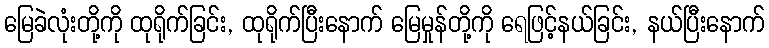
မြေခဲလုံးတို့ကို ထုရိုက်ခြင်း, ထုရိုက်ပြီးနောက် မြေမှုန်တို့ကို ရေဖြင့်နယ်ခြင်း, နယ်ပြီးနောက်